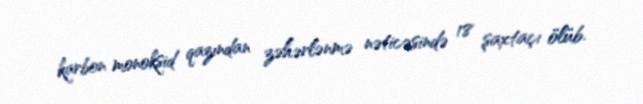
karbon monoksid qazından zəhərlənmə nəticəsində 18 şaxtaçı ölüb.